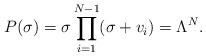
LaTeX: \begin{align*}P(\sigma)=\sigma\prod_{i=1}^{N-1} (\sigma + v_{i} ) = \Lambda^{N}.\end{align*}